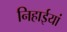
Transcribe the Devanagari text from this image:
निहाईयां